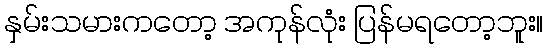
နှမ်းသမားကတော့ အကုန်လုံး ပြန်မရတော့ဘူး။